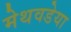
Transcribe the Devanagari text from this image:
मेथवडेया